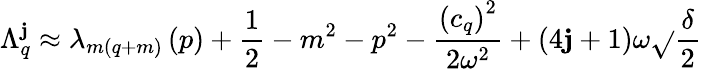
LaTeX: \Lambda_{q}^{\mathbf{j}}\approx\lambda_{m(q+m)}\left(p\right)+\frac{{1}}{{2}}-m^{2}-p^{2}-\frac{{\left(c_{q}\right)^{2}}}{{2\omega^{2}}}+(4\mathbf{j}+1)\omega\sqrt{}{{\frac{{\delta}}{{2}}}}